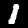
Label: 1